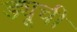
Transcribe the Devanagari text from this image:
ड्यूची